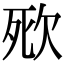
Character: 㰷